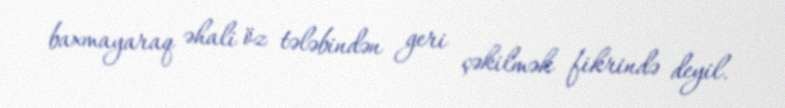
baxmayaraq əhali öz tələbindən geri çəkilmək fikrində deyil.